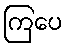
ကြပေ